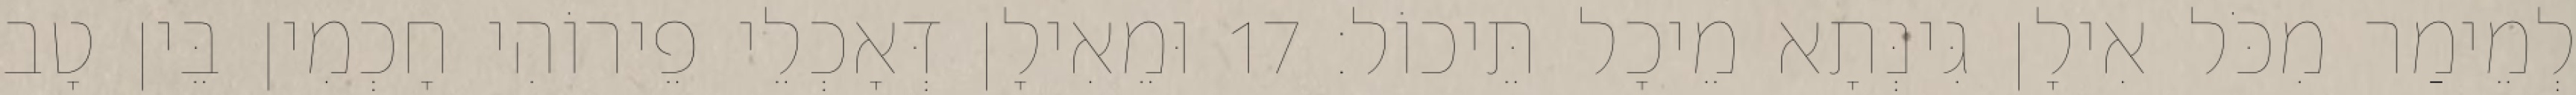
לְמֵימַר מִכֹּל אִילָן גִּינְּתָא מֵיכָל תֵּיכוֹל׃ 17 וּמֵאִילָן דְּאָכְלֵי פֵירוֹהִי חָכְמִין בֵּין טָב